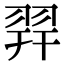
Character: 羿